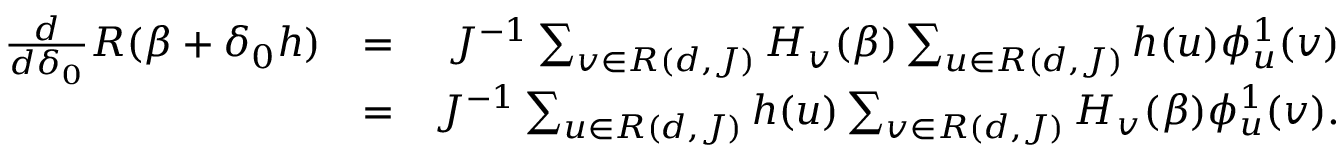
\begin{array} { r l r } { \frac { d } { d \delta _ { 0 } } R ( \beta + \delta _ { 0 } h ) } & { = } & { J ^ { - 1 } \sum _ { v \in { \cal R } ( d , J ) } H _ { v } ( \beta ) \sum _ { u \in { \cal R } ( d , J ) } h ( u ) \phi _ { u } ^ { 1 } ( v ) } \\ & { = } & { J ^ { - 1 } \sum _ { u \in { \cal R } ( d , J ) } h ( u ) \sum _ { v \in { \cal R } ( d , J ) } H _ { v } ( \beta ) \phi _ { u } ^ { 1 } ( v ) . } \end{array}